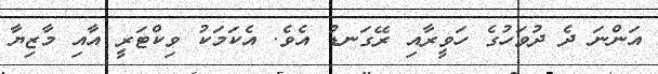
އަންނަ ދެ ދުވަހުގެ ހަވީރާއި ރޭގަނޑު އެވެ. އެކަމަކު ވިކްޓަރީ އާއި މާޒިޔާ